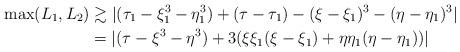
LaTeX: \begin{align*}\max (L_1, L_2) &\gtrsim |(\tau_1 - \xi_1^3 - \eta_1^3) + (\tau- \tau_1) - (\xi- \xi_1)^3 - (\eta- \eta_1)^3|\\& = |(\tau- \xi^3 -\eta^3) + 3(\xi \xi_1 (\xi-\xi_1) + \eta \eta_1 (\eta- \eta_1))|\end{align*}